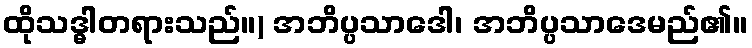
ထိုသဒ္ဓါတရားသည်။) အဘိပ္ပသာဒေါ၊ အဘိပ္ပသာဒေမည်၏။